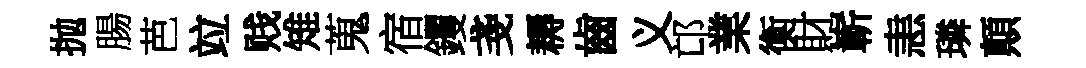
抛腸芭竝贱雉蒐宿钁戔耨齒义邙業衡財嶄恚璘顛